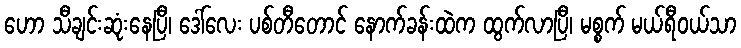
ဟော သီချင်းဆုံးနေပြီ၊ ဒေါ်လေး ပစ်တီတောင် နောက်ခန်းထဲက ထွက်လာပြီ၊ မစ္စက် မယ်ရီဝယ်သာ